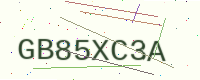
Text: GB85XC3A